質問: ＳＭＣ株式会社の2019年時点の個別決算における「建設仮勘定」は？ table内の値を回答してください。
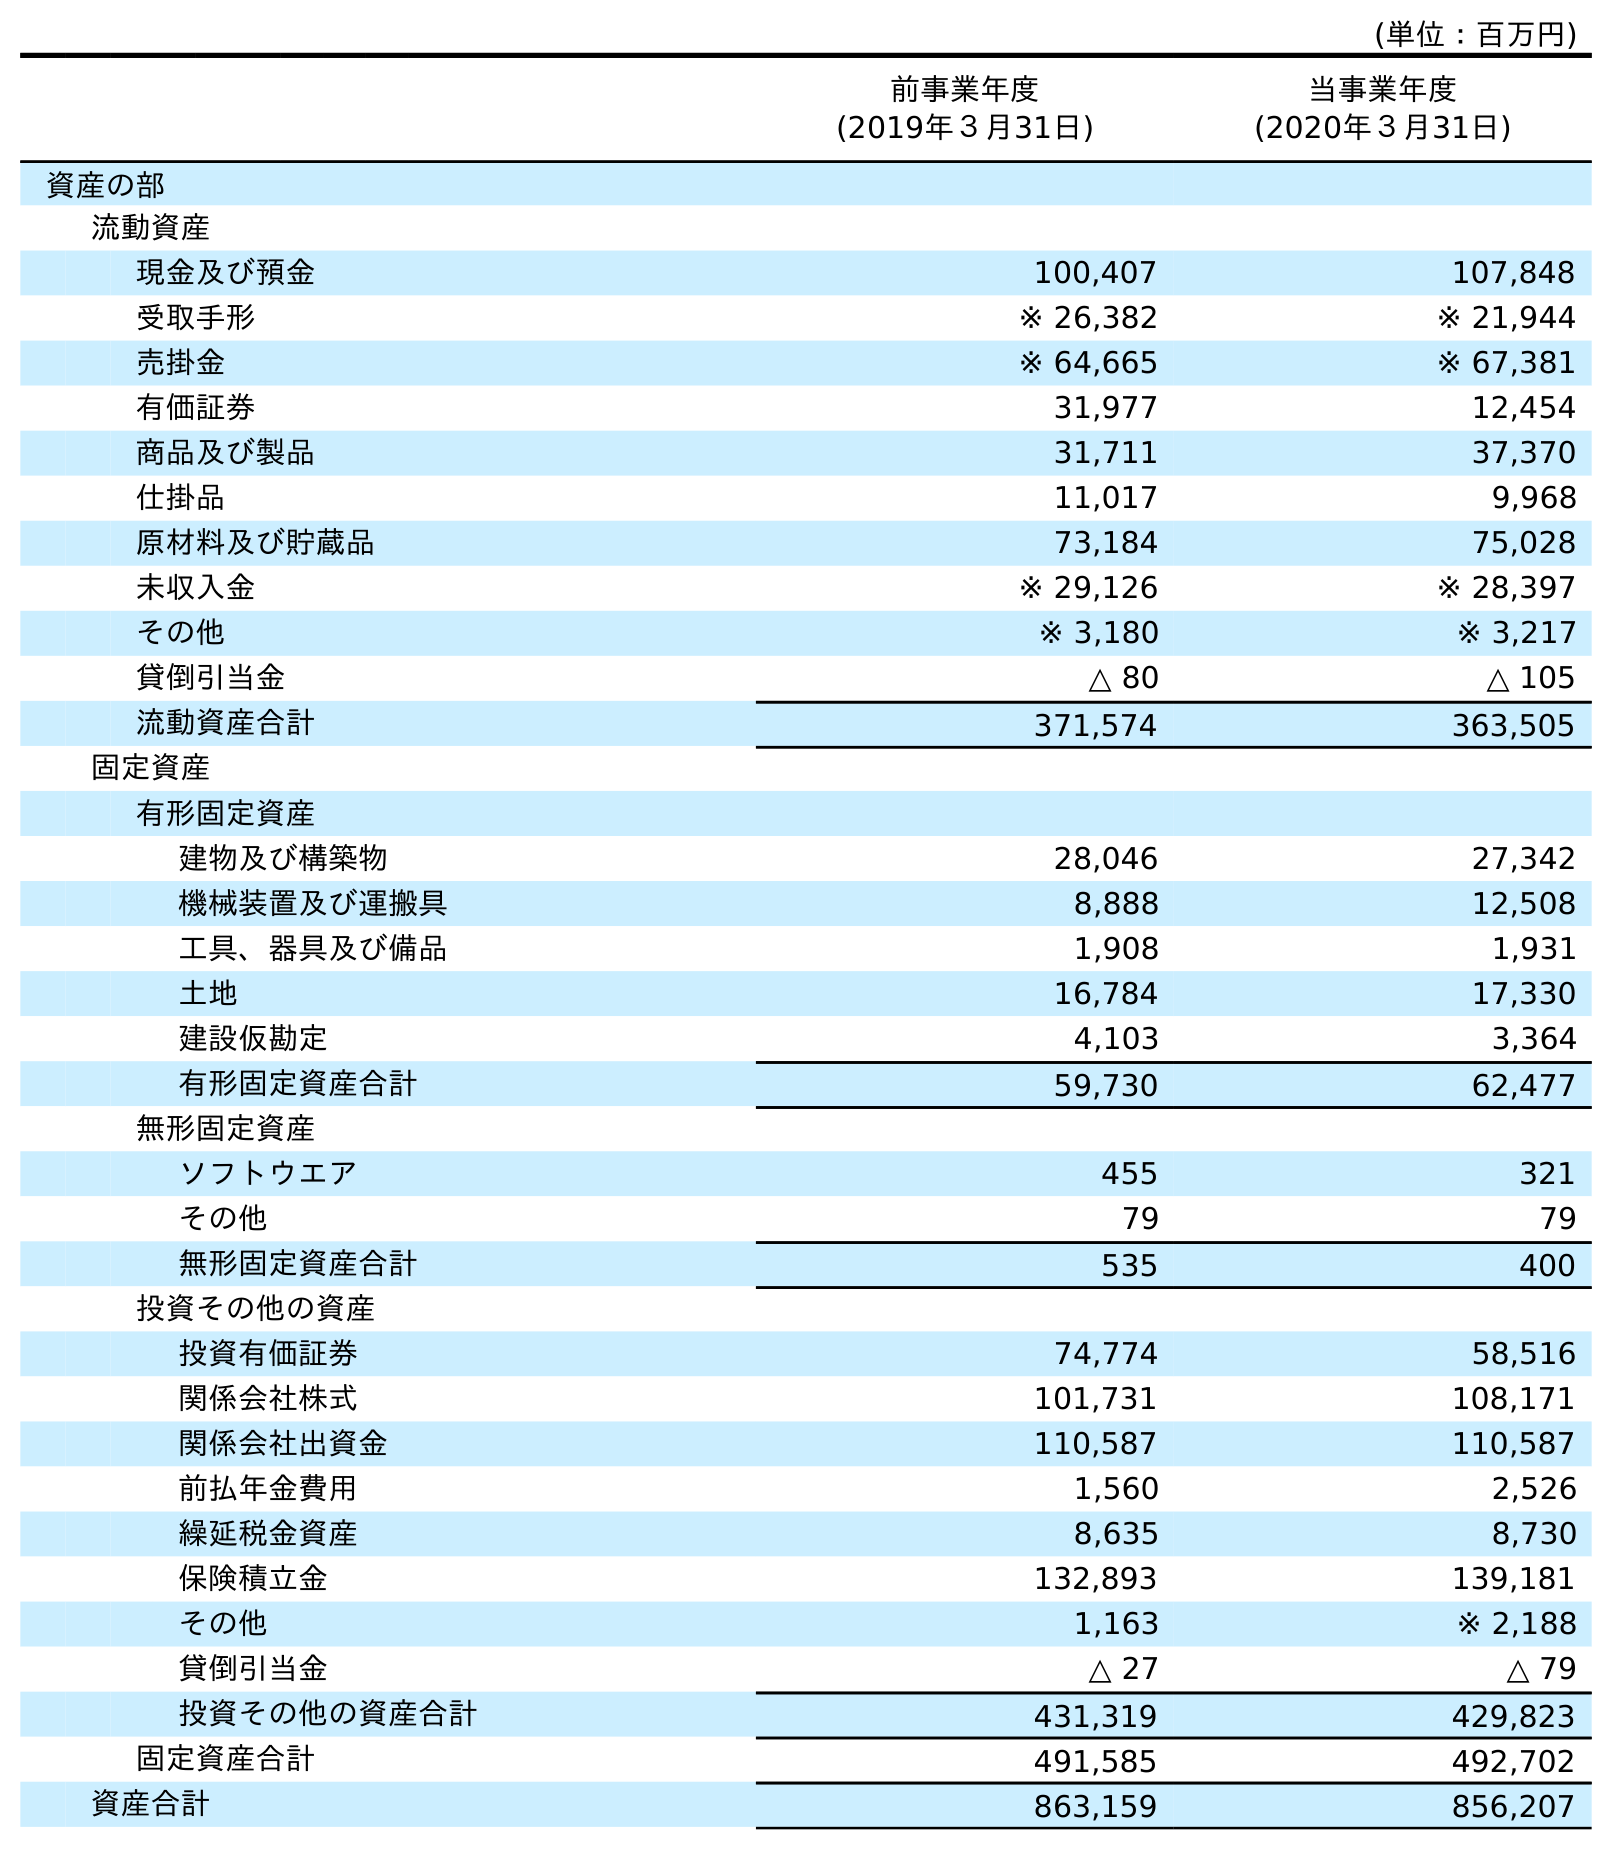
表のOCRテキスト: (単位：百万円) 前事業年度 (2019年３月31日) 当事業年度 (2020年３月31日) 資産の部 流動資産 現金及び預金 100,407 107,848 受取手形 ※ 26,382 ※ 21,944 売掛金 ※ 64,665 ※ 67,381 有価証券 31,977 12,454 商品及び製品 31,711 37,370 仕掛品 11,017 9,968 原材料及び貯蔵品 73,184 75,028 未収入金 ※ 29,126 ※ 28,397 その他 ※ 3,180 ※ 3,217 貸倒引当金 △ 80 △ 105 流動資産合計 371,574 363,505 固定資産 有形固定資産 建物及び構築物 28,046 27,342 機械装置及び運搬具 8,888 12,508 工具、器具及び備品 1,908 1,931 土地 16,784 17,330 建設仮勘定 4,103 3,364 有形固定資産合計 59,730 62,477 無形固定資産 ソフトウエア 455 321 その他 79 79 無形固定資産合計 535 400 投資その他の資産 投資有価証券 74,774 58,516 関係会社株式 101,731 108,171 関係会社出資金 110,587 110,587 前払年金費用 1,560 2,526 繰延税金資産 8,635 8,730 保険積立金 132,893 139,181 その他 1,163 ※ 2,188 貸倒引当金 △ 27 △ 79 投資その他の資産合計 431,319 429,823 固定資産合計 491,585 492,702 資産合計 863,159 856,207
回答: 4,103